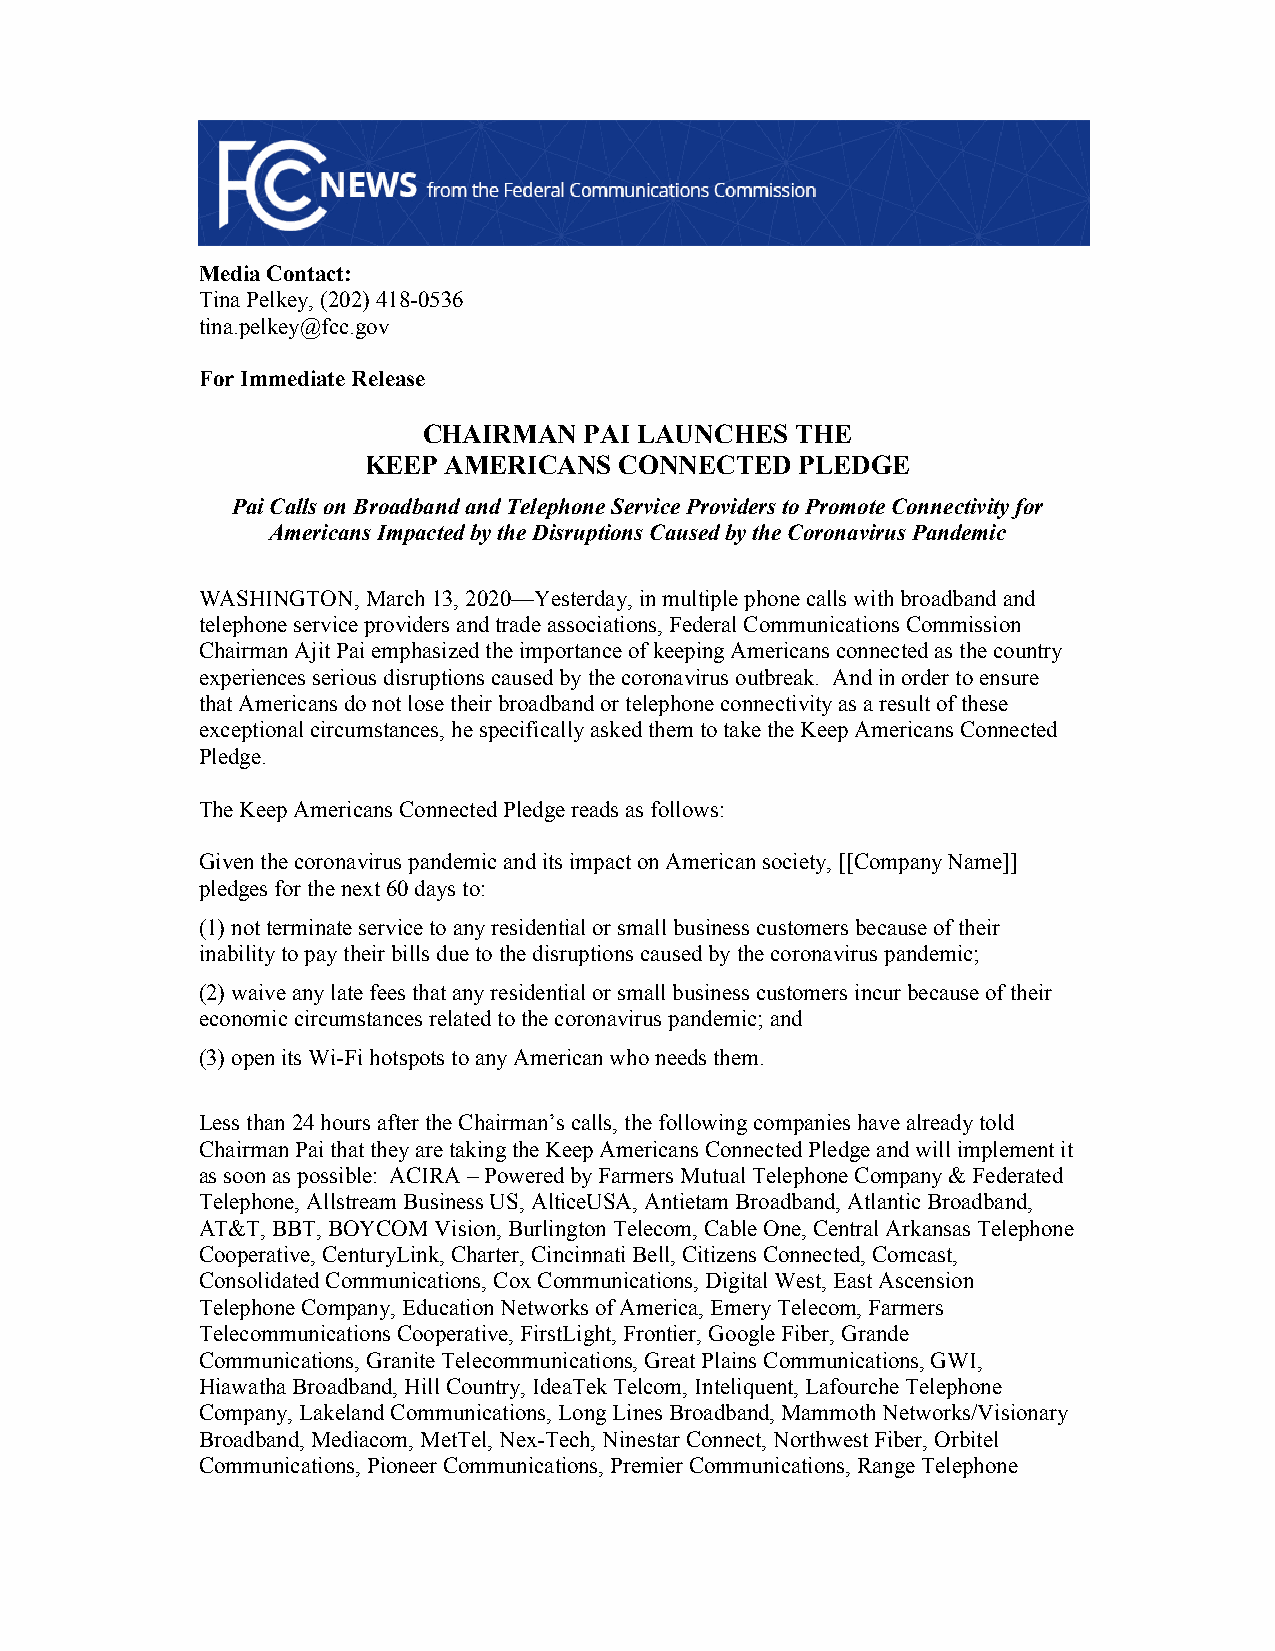
Media Contact:
 Tina Pelkey, (202) 418-0536
 tina.pelkey@fcc.gov
 For Immediate Release
 CHAIRMAN   PAI LAUNCHES  THE
 KEEP AMERICANS   CONNECTED   PLEDGE
 Pai Calls on Broadband and Telephone Service Providers to Promote Connectivity for
 Americans Impacted by the Disruptions Caused by the Coronavirus Pandemic
 WASHINGTON, March 13, 2020—Yesterday, in multiple phone calls with broadband and
 telephone service providers and trade associations, Federal Communications Commission
 Chairman Ajit Pai emphasized the importance of keeping Americans connected as the country
 experiences serious disruptions caused by the coronavirus outbreak. And in order to ensure
 that Americans do not lose their broadband or telephone connectivity as a result of these
 exceptional circumstances, he specifically asked them to take the Keep Americans Connected
 Pledge.
 The Keep Americans Connected Pledge reads as follows:
 Given the coronavirus pandemic and its impact on American society, [[Company Name]]
 pledges for the next 60 days to:
 (1) not terminate service to any residential or small business customers because of their
 inability to pay their bills due to the disruptions caused by the coronavirus pandemic;
 (2) waive any late fees that any residential or small business customers incur because of their
 economic circumstances related to the coronavirus pandemic; and
 (3) open its Wi-Fi hotspots to any American who needs them.
 Less than 24 hours after the Chairman’s calls, the following companies have already told
 Chairman Pai that they are taking the Keep Americans Connected Pledge and will implement it
 as soon as possible: ACIRA – Powered by Farmers Mutual Telephone Company & Federated
 Telephone, Allstream Business US, AlticeUSA, Antietam Broadband, Atlantic Broadband,
 AT&T, BBT, BOYCOM Vision, Burlington Telecom, Cable One, Central Arkansas Telephone
 Cooperative, CenturyLink, Charter, Cincinnati Bell, Citizens Connected, Comcast,
 Consolidated Communications, Cox Communications, Digital West, East Ascension
 Telephone Company, Education Networks of America, Emery Telecom, Farmers
 Telecommunications Cooperative, FirstLight, Frontier, Google Fiber, Grande
 Communications, Granite Telecommunications, Great Plains Communications, GWI,
 Hiawatha Broadband, Hill Country, IdeaTek Telcom, Inteliquent, Lafourche Telephone
 Company, Lakeland Communications, Long Lines Broadband, Mammoth Networks/Visionary
 Broadband, Mediacom, MetTel, Nex-Tech, Ninestar Connect, Northwest Fiber, Orbitel
 Communications, Pioneer Communications, Premier Communications, Range Telephone